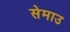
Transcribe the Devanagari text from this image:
सेमाउ